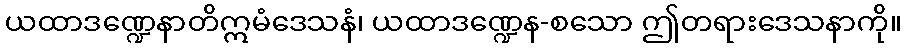
ယထာဒဏ္ဍေနာတိဣမံဒေသနံ၊ ယထာဒဏ္ဍေန-စသော ဤတရားဒေသနာကို။